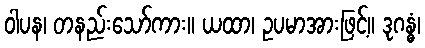
ဝါပန၊ တနည်းသော်ကား။ ယထာ၊ ဥပမာအားဖြင့်။ ဒုဂန္ဓံ၊